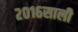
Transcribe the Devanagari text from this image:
२०१६साली